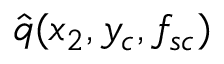
\hat { q } ( x _ { 2 } , y _ { c } , f _ { s c } )